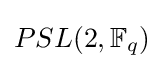
PSL(2,\mathbb {F} _{q})